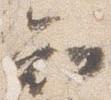
知